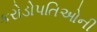
કરોડોપતિઓની